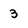
Character: 3